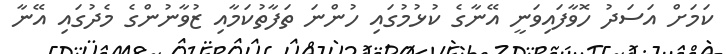
ކަމަށް އަސަދު ހޮވާފައިވަނީ އޭނާގެ ކުޅުމުގައި ހުންނަ ތަފާތުކަމާއި ޒުވާނުންގެ މެދުގައި އޭނާ